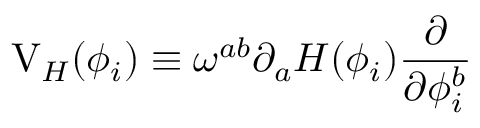
\mathrm { V } _ { H } ( \phi _ { i } ) \equiv \omega ^ { a b } \partial _ { a } H ( \phi _ { i } ) \frac { \partial } { \partial \phi _ { i } ^ { b } }